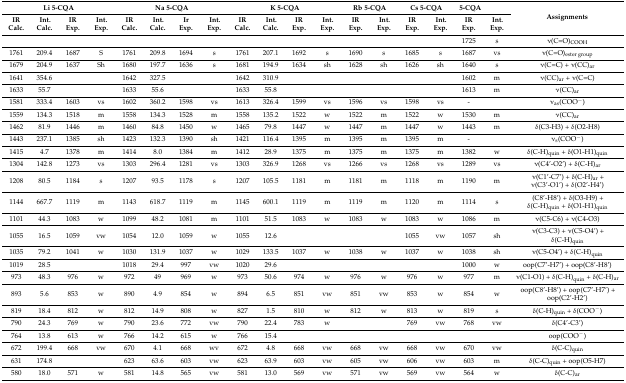
<table><thead><tr><td colspan="4"><b>Li 5-CQA</b></td><td colspan="4"><b>Na 5-CQA</b></td><td colspan="4"><b>K 5-CQA</b></td><td colspan="2"><b>Rb 5-CQA</b></td><td colspan="2"><b>Cs 5-CQA</b></td><td><b>5-CQA</b></td><td></td><td rowspan="2"><b>Assignments</b></td></tr><tr><td><b>IR Calc.</b></td><td><b>Int. Calc.</b></td><td><b>IR Exp.</b></td><td><b>Int. Exp.</b></td><td><b>IR Calc.</b></td><td><b>Int. Calc.</b></td><td><b>Ir Exp.</b></td><td><b>Int. Exp.</b></td><td><b>IR Calc.</b></td><td><b>Int. Calc.</b></td><td><b>IR Exp.</b></td><td><b>Int. Exp.</b></td><td><b>IR Exp.</b></td><td><b>Int. Exp.</b></td><td><b>IR Exp.</b></td><td><b>Int. Exp.</b></td><td><b>IR Exp.</b></td><td><b>Int. Exp.</b></td></tr></thead><tbody><tr><td></td><td></td><td></td><td></td><td></td><td></td><td></td><td></td><td></td><td></td><td></td><td></td><td></td><td></td><td></td><td></td><td>1725</td><td>s</td><td>ν(C=O)<sub>COOH</sub></td></tr><tr><td>1761</td><td>209.4</td><td>1687</td><td>S</td><td>1761</td><td>209.8</td><td>1694</td><td>s</td><td>1761</td><td>207.1</td><td>1692</td><td>s</td><td>1690</td><td>s</td><td>1685</td><td>s</td><td>1687</td><td>vs</td><td>ν(C=O)<sub>ester group</sub></td></tr><tr><td>1679</td><td>204.9</td><td>1637</td><td>Sh</td><td>1680</td><td>197.7</td><td>1636</td><td>s</td><td>1681</td><td>194.9</td><td>1634</td><td>sh</td><td>1628</td><td>sh</td><td>1626</td><td>sh</td><td>1640</td><td>s</td><td>ν(C=C) + ν(CC)<sub>ar</sub></td></tr><tr><td>1641</td><td>354.6</td><td></td><td></td><td>1642</td><td>327.5</td><td></td><td></td><td>1642</td><td>310.9</td><td></td><td></td><td></td><td></td><td></td><td></td><td>1602</td><td>m</td><td>ν(CC)<sub>ar</sub> + ν(C=C)</td></tr><tr><td>1633</td><td>55.7</td><td></td><td></td><td>1633</td><td>55.6</td><td></td><td></td><td>1633</td><td>55.8</td><td></td><td></td><td></td><td></td><td></td><td></td><td>1613</td><td>m</td><td>ν(CC)<sub>ar</sub></td></tr><tr><td>1581</td><td>333.4</td><td>1603</td><td>vs</td><td>1602</td><td>360.2</td><td>1598</td><td>vs</td><td>1613</td><td>326.4</td><td>1599</td><td>vs</td><td>1596</td><td>vs</td><td>1598</td><td>vs</td><td>-</td><td></td><td>ν<sub>as</sub>(COO<sup>−</sup>)</td></tr><tr><td>1559</td><td>134.3</td><td>1518</td><td>m</td><td>1558</td><td>134.3</td><td>1528</td><td>m</td><td>1558</td><td>135.2</td><td>1522</td><td>w</td><td>1522</td><td>m</td><td>1522</td><td>w</td><td>1530</td><td>m</td><td>ν(CC)<sub>ar</sub></td></tr><tr><td>1462</td><td>81.9</td><td>1446</td><td>m</td><td>1460</td><td>84.8</td><td>1450</td><td>w</td><td>1465</td><td>79.8</td><td>1447</td><td>w</td><td>1447</td><td>m</td><td>1447</td><td>w</td><td>1443</td><td>m</td><td>δ(C3-H3) + δ(O2-H8)</td></tr><tr><td>1443</td><td>237.1</td><td>1385</td><td>sh</td><td>1423</td><td>132.3</td><td>1390</td><td>sh</td><td>1421</td><td>116.4</td><td>1395</td><td>m</td><td>1395</td><td>m</td><td>1395</td><td>m</td><td>-</td><td></td><td>ν<sub>s</sub>(COO<sup>−</sup>)</td></tr><tr><td>1415</td><td>4.7</td><td>1378</td><td>m</td><td>1414</td><td>8.0</td><td>1384</td><td>m</td><td>1412</td><td>28.9</td><td>1375</td><td>m</td><td>1375</td><td>m</td><td>1375</td><td>m</td><td>1382</td><td>w</td><td>δ(C-H)<sub>quin</sub> + δ(O1-H1)<sub>quin</sub></td></tr><tr><td>1304</td><td>142.8</td><td>1273</td><td>vs</td><td>1303</td><td>296.4</td><td>1281</td><td>vs</td><td>1303</td><td>326.9</td><td>1268</td><td>vs</td><td>1266</td><td>vs</td><td>1268</td><td>vs</td><td>1289</td><td>vs</td><td>ν(C4’-O2’) + δ(C-H)<sub>ar</sub></td></tr><tr><td>1208</td><td>80.5</td><td>1184</td><td>s</td><td>1207</td><td>93.5</td><td>1178</td><td>s</td><td>1207</td><td>105.5</td><td>1181</td><td>m</td><td>1181</td><td>m</td><td>1118</td><td>m</td><td>1190</td><td>m</td><td>ν(C1’-C7’) + δ(C-H)<sub>ar</sub> + ν(C3’-O1’) + δ(O2’-H4’)</td></tr><tr><td>1144</td><td>667.7</td><td>1119</td><td>m</td><td>1143</td><td>618.7</td><td>1119</td><td>m</td><td>1145</td><td>600.1</td><td>1119</td><td>m</td><td>1119</td><td>m</td><td>1120</td><td>m</td><td>1114</td><td>s</td><td>(C8’-H8’) + δ(O3-H9) + δ(C-H)<sub>quin</sub> + δ(O1-H1)<sub>quin</sub></td></tr><tr><td>1101</td><td>44.3</td><td>1083</td><td>w</td><td>1099</td><td>48.2</td><td>1081</td><td>m</td><td>1101</td><td>51.5</td><td>1083</td><td>w</td><td>1083</td><td>w</td><td>1083</td><td>w</td><td>1086</td><td>m</td><td>ν(C5-C6) + ν(C4-O3)</td></tr><tr><td>1055</td><td>16.5</td><td>1059</td><td>vw</td><td>1054</td><td>12.0</td><td>1059</td><td>w</td><td>1055</td><td>12.6</td><td></td><td></td><td></td><td></td><td>1055</td><td>vw</td><td>1057</td><td>sh</td><td>ν(C3-C3) + ν(C5-O4’) + δ(C-H)<sub>quin</sub></td></tr><tr><td>1035</td><td>79.2</td><td>1041</td><td>w</td><td>1030</td><td>131.9</td><td>1037</td><td>w</td><td>1029</td><td>133.5</td><td>1037</td><td>w</td><td>1038</td><td>w</td><td>1037</td><td>w</td><td>1038</td><td>sh</td><td>ν(C5-O4’) + δ(C-H)<sub>quin</sub></td></tr><tr><td>1019</td><td>28.5</td><td></td><td></td><td>1018</td><td>29.4</td><td>997</td><td>vw</td><td>1020</td><td>29.6</td><td></td><td></td><td></td><td></td><td></td><td></td><td>1000</td><td>w</td><td>oop(C7’-H7’) + oop(C8’-H8’)</td></tr><tr><td>973</td><td>48.3</td><td>976</td><td>w</td><td>972</td><td>49</td><td>969</td><td>w</td><td>973</td><td>50.6</td><td>974</td><td>w</td><td>976</td><td>w</td><td>976</td><td>w</td><td>977</td><td>m</td><td>ν(C1-O1) + δ(C-H)<sub>quin</sub> + δ(C-H)<sub>ar</sub></td></tr><tr><td>893</td><td>5.6</td><td>853</td><td>w</td><td>890</td><td>4.9</td><td>854</td><td>w</td><td>894</td><td>6.5</td><td>851</td><td>vw</td><td>851</td><td>vw</td><td>853</td><td>w</td><td>854</td><td>w</td><td>oop(C8’-H8’) + oop(C7’-H7’) + oop(C2’-H2’)</td></tr><tr><td>819</td><td>18.4</td><td>812</td><td>w</td><td>812</td><td>14.9</td><td>808</td><td>w</td><td>827</td><td>1.5</td><td>810</td><td>w</td><td>812</td><td>w</td><td>813</td><td>w</td><td>819</td><td>s</td><td>δ(C-H)<sub>quin</sub> + δ(COO<sup>−</sup>)</td></tr><tr><td>790</td><td>24.3</td><td>769</td><td>w</td><td>790</td><td>23.6</td><td>772</td><td>vw</td><td>790</td><td>22.4</td><td>783</td><td>w</td><td></td><td></td><td>769</td><td>vw</td><td>768</td><td>vw</td><td>δ(C4’-C3’)</td></tr><tr><td>764</td><td>13.8</td><td>613</td><td>w</td><td>766</td><td>14.2</td><td>615</td><td>w</td><td>766</td><td>15.4</td><td></td><td></td><td></td><td></td><td></td><td></td><td></td><td></td><td>oop(COO<sup>−</sup>)</td></tr><tr><td>672</td><td>199.4</td><td>668</td><td>vw</td><td>670</td><td>4.1</td><td>668</td><td>wv</td><td>672</td><td>4.8</td><td>668</td><td>vw</td><td>668</td><td>vw</td><td>668</td><td>vw</td><td>670</td><td>vw</td><td>δ(C-C)<sub>quin</sub></td></tr><tr><td>631</td><td>174.8</td><td></td><td></td><td>623</td><td>63.6</td><td>603</td><td>vw</td><td>623</td><td>63.9</td><td>603</td><td>vw</td><td>605</td><td>vw</td><td>606</td><td>vw</td><td>603</td><td>m</td><td>δ(C-C)<sub>quin</sub> + oop(O5-H7)</td></tr><tr><td>580</td><td>18.0</td><td>571</td><td>w</td><td>581</td><td>14.8</td><td>565</td><td>vw</td><td>581</td><td>13.0</td><td>569</td><td>vw</td><td>571</td><td>vw</td><td>569</td><td>vw</td><td>564</td><td>w</td><td>δ(C-C)<sub>ar</sub></td></tr></tbody></table>